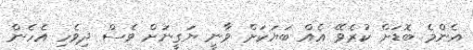
އެންމެ ބޮޑަށް ކުރެވޭ އެއް ބަޔަކަށް ވާނީ ޔަގީނަށް ވެސް ދިވެހި އެހެން